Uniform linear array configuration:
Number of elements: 16
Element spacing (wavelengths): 0.75
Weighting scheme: uniform
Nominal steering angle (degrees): -45
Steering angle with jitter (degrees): -45.06
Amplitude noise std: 0.05
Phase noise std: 0.05

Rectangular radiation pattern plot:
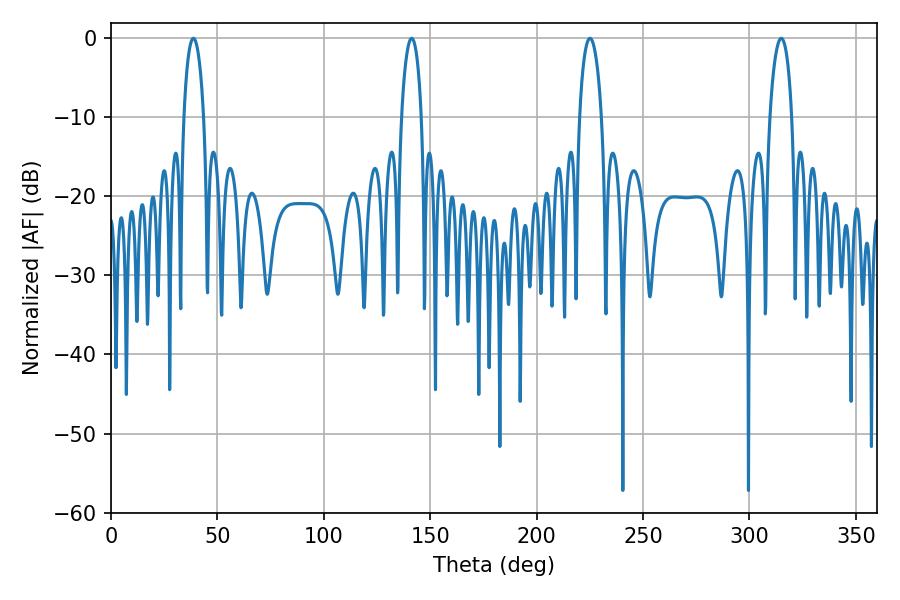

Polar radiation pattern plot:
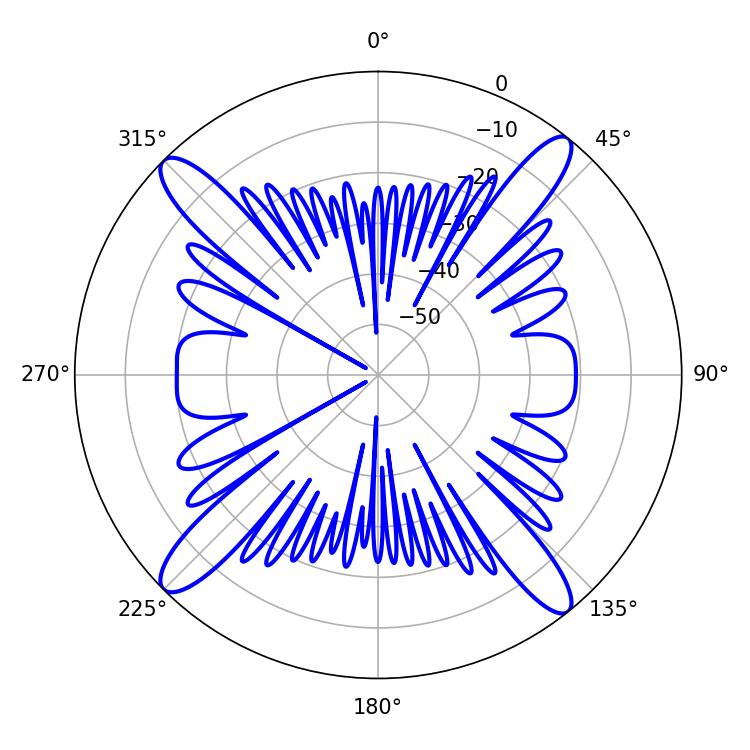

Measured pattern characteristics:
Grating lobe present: TRUE
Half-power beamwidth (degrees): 5.22
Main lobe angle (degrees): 38.7